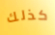
كذلك